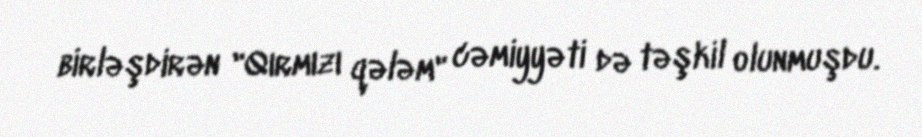
birləşdirən "Qırmızı qələm" cəmiyyəti də təşkil olunmuşdu.